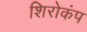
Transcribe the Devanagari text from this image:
शिरोकंप